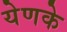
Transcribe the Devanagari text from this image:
येणके